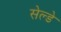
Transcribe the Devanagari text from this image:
सेल्डे